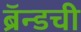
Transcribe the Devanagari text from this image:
ब्रॅन्डची